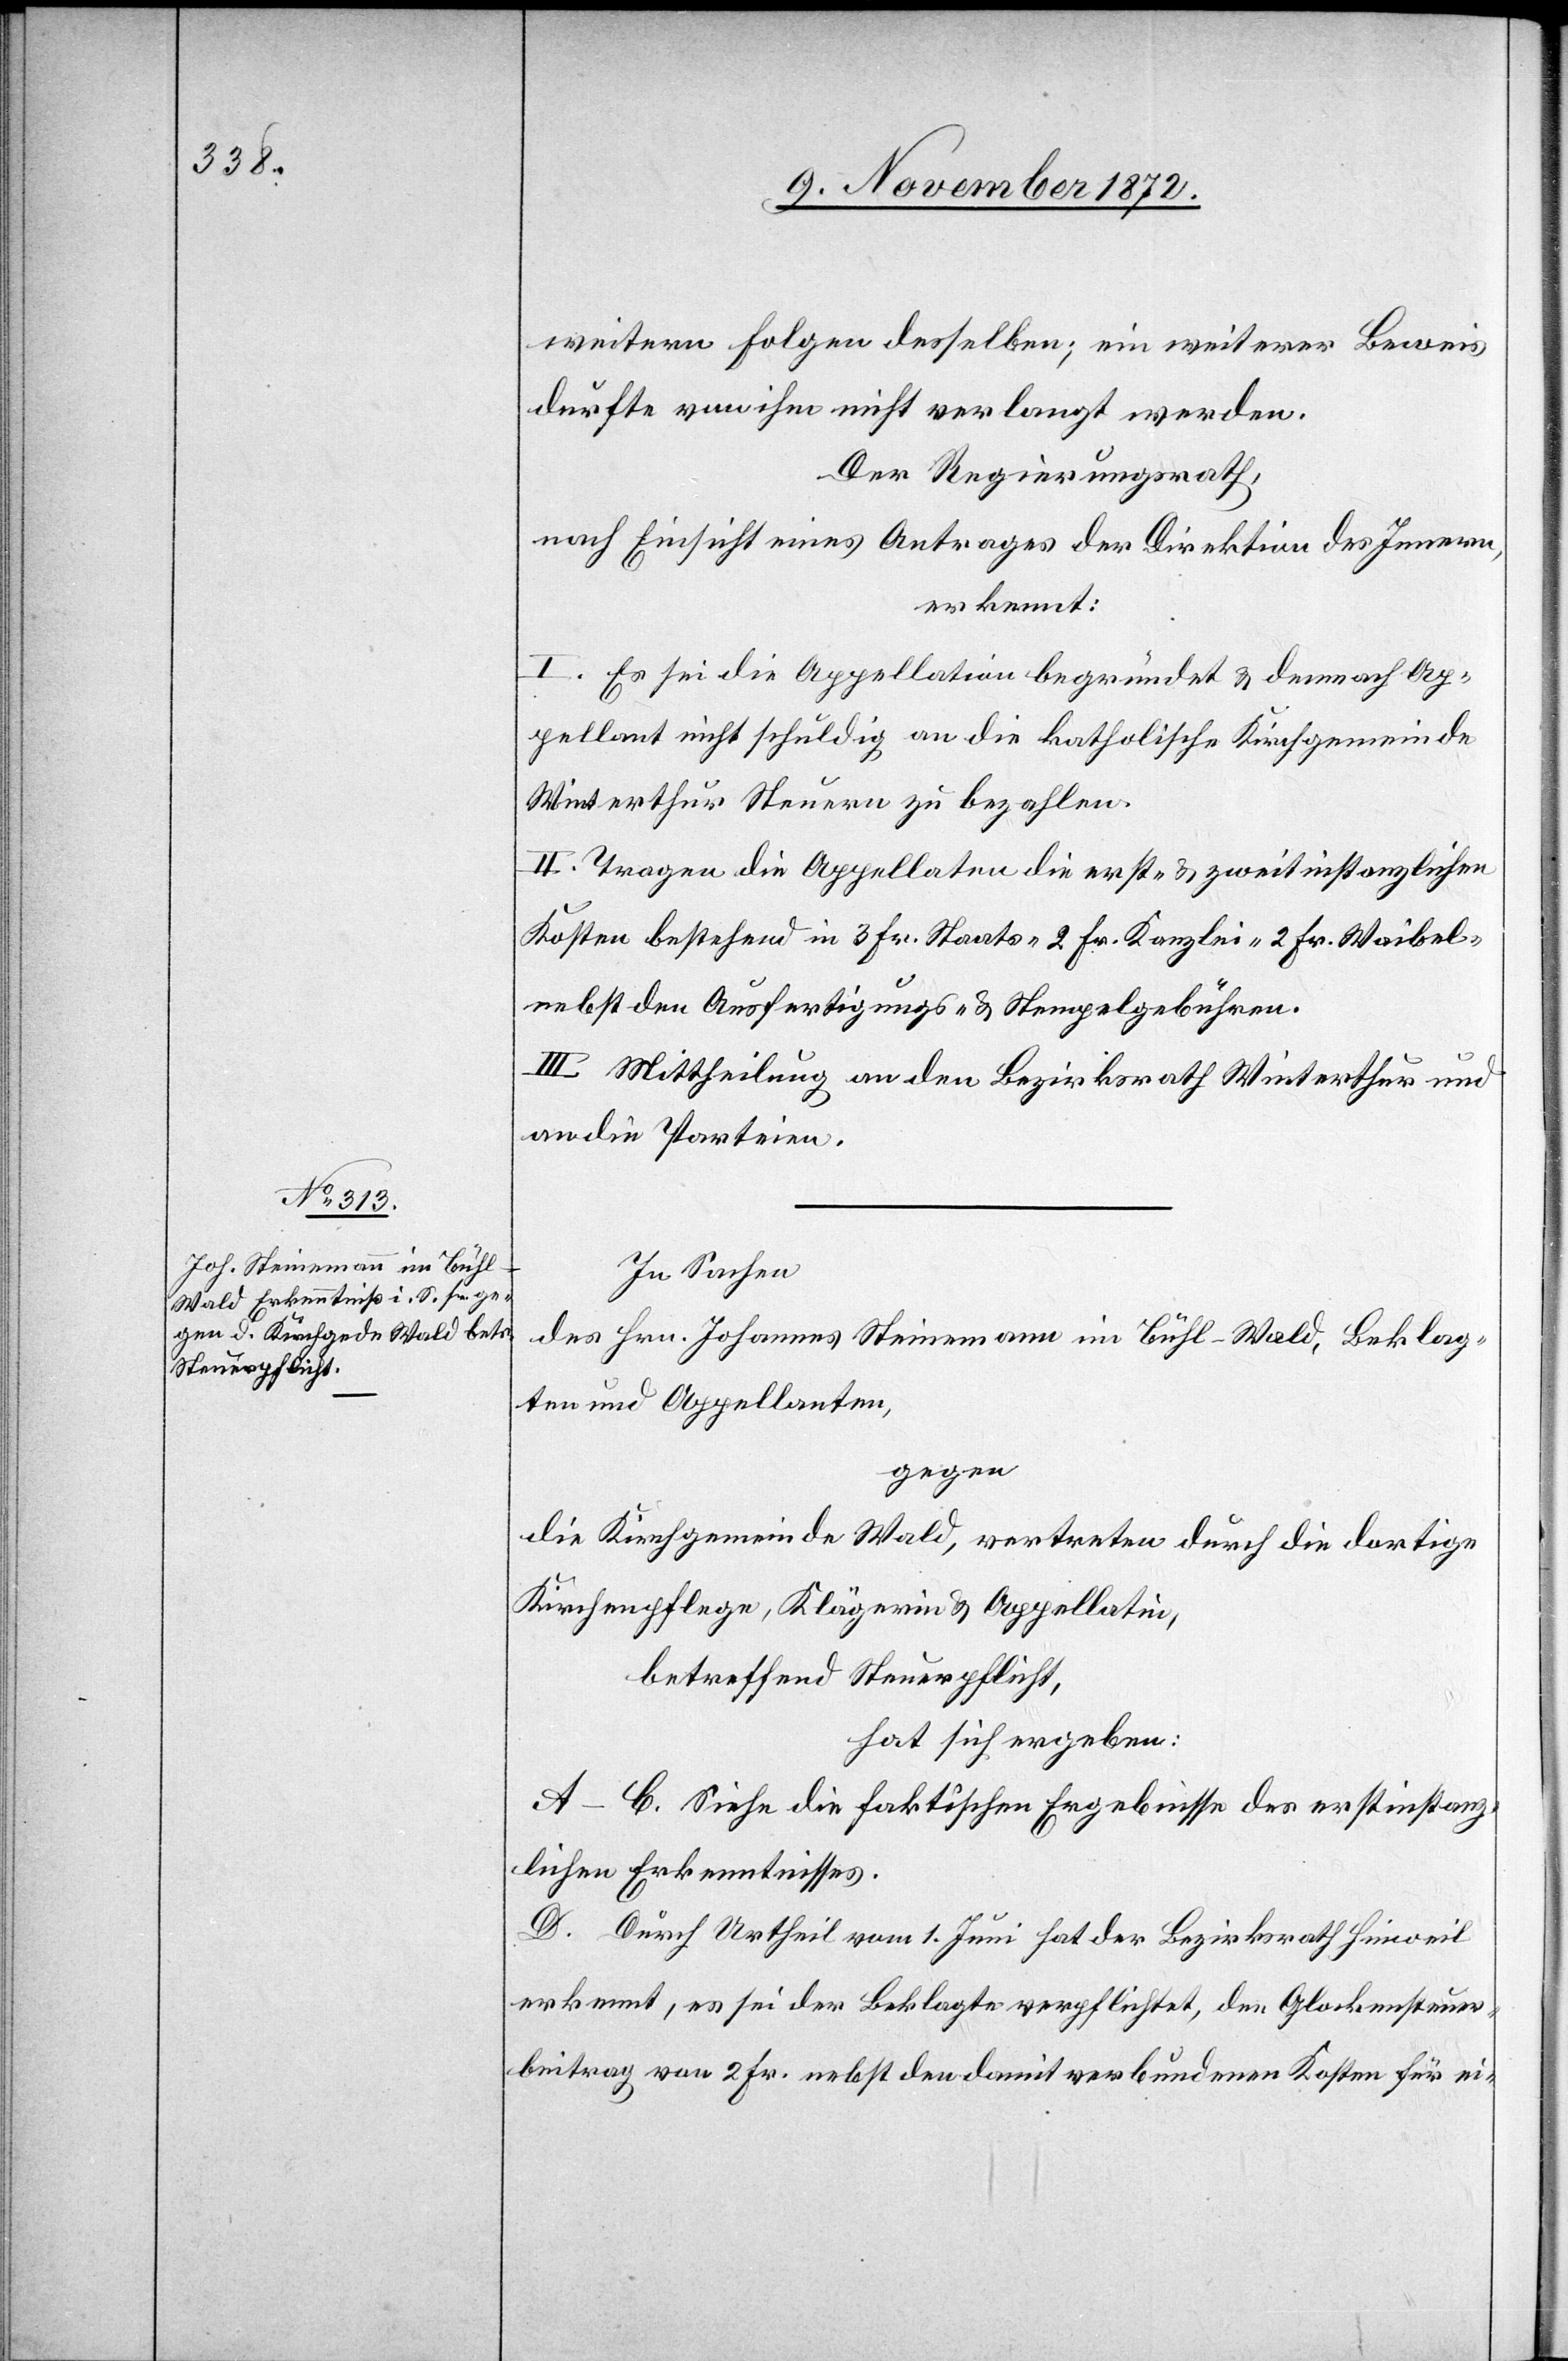
weitern Folgen desselben; ein weiterer Beweis
durfte von ihm nicht verlangt werden.
Der Regierungsrath,
nach Einsicht eines Antrages der Direktion des Innern,
erkennt:
I. Es sei die Appellation begründet u. demnach Ap¬
pellant nicht schuldig an die katholische Kirchgemeinde
Winterthur Steuer zu bezahlen.
II. Tragen die Appellaten die erst- u. zweitinstanzlichen
Kosten bestehend in 3 Fr. Staats- 2 Fr. Kanzlei- 2 Fr. Waibel-
nebst den Ausfertigungs- u. Stempelgebühren.
III. Mittheilung an den Bezirksrath Winterthur und
an die Parteien.
In Sachen
des Hrn. Johannes Steinemann im Bühl-Wald, Beklag¬
ten und Appellanten,
gegen
die Kirchgemeinde Wald, vertreten durch die dortige
Kirchenpflege, Klägerin u. Appellatin,
betreffend Steuerpflicht,
hat sich ergeben:
A–C. Siehe die faktischen Ergebnisse des erstinstanz¬
lichen Erkenntnisses.
D. Durch Urtheil vom 1. Juni hat der Bezirksrath Hinweil
erkennt, es sei der Beklagte verpflichtet, den Glockensteuer¬
beitrag von 2 Fr. nebst den damit verbundenen Kosten für ei-